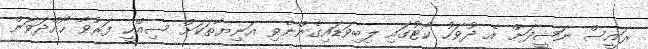
ރައީސް ނަޝީދަށް އެ ދުވަހު ކޯޓުގައި ލިބިވަޑައިގެންނެވި އަނިޔާތަކަށް ސިއްހީ ފަރުވާ ހޯއްދަވަން